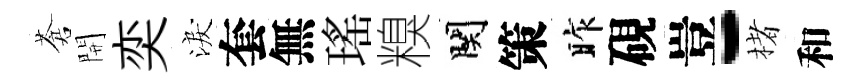
蒼開奕淚套無瑤糗関策昨硯豈-楮和